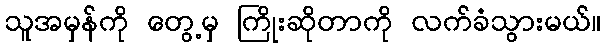
သူအမှန်ကို တွေ့မှ ကြိုးဆိုတာကို လက်ခံသွားမယ်။